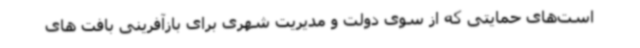
است‌های حمایتی که از سوی دولت و مدیریت شهری برای بازآفرینی بافت های